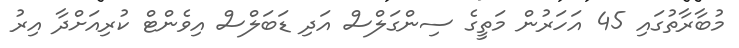
މުބާރާތުގައި 45 އަހަރުން މަތީގެ ސިންގަލްސް އަދި ޑަބަލްސް އިވެންޓް ކުރިއަށްދާ އިރު